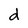
Character: d